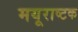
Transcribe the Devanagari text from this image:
मयूराष्टक